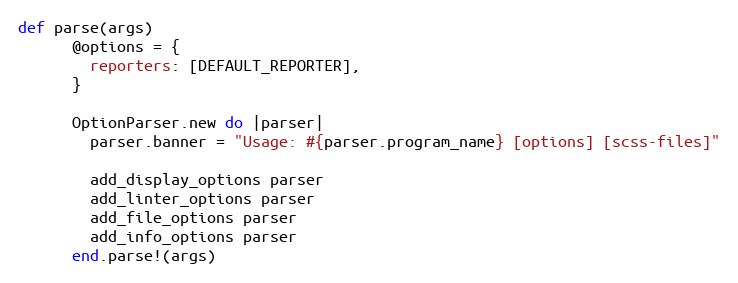
Language: Ruby
def parse(args)
      @options = {
        reporters: [DEFAULT_REPORTER],
      }

      OptionParser.new do |parser|
        parser.banner = "Usage: #{parser.program_name} [options] [scss-files]"

        add_display_options parser
        add_linter_options parser
        add_file_options parser
        add_info_options parser
      end.parse!(args)